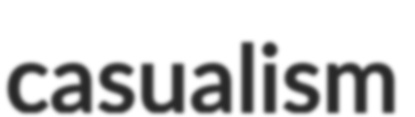
casualism